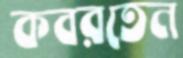
কবরতেন